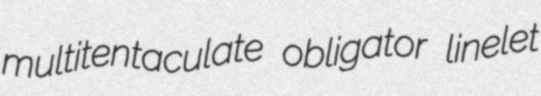
multitentaculate obligator linelet